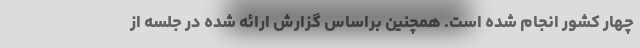
چهار کشور انجام شده است. همچنین براساس گزارش ارائه شده در جلسه از